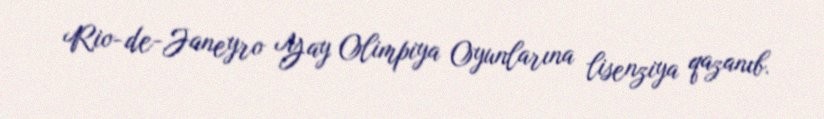
Rio-de-Janeyro Yay Olimpiya Oyunlarına lisenziya qazanıb.